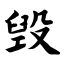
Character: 毁